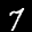
Label: 7